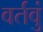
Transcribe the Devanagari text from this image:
वर्तवुं